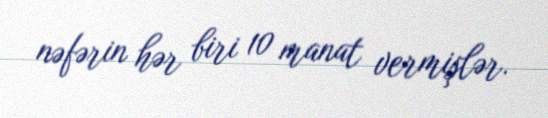
nəfərin hər biri 10 manat vermişlər.